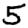
Digit: 5